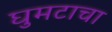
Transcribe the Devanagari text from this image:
घुमटाचा